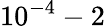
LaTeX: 10^{-4}-2